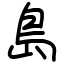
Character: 島